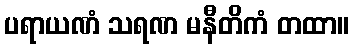
ပရာယဏံ သရဏ မနီတိကံ တထာ။